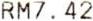
RM7.42